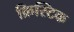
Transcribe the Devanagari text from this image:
क्रिस्टिक